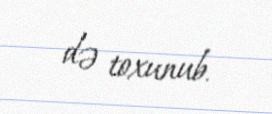
də toxunub.